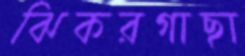
ঝিকরগাছা